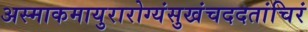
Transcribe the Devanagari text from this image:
अस्माकमायुरारोग्यंसुखंचददतांचिरं